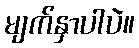
မျက်နှာပါပဲ။